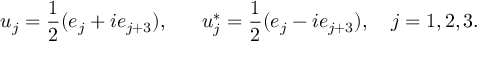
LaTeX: u _ { j } = \frac { 1 } { 2 } ( e _ { j } + i e _ { j + 3 } ) , ~ ~ ~ ~ ~ u _ { j } ^ { * } = \frac { 1 } { 2 } ( e _ { j } - i e _ { j + 3 } ) , ~ ~ ~ j = 1 , 2 , 3 .